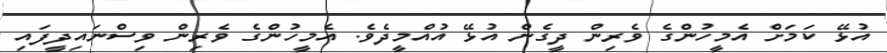
އުޅޭ ކަމަށް އެމީހުންގެ ވެރިން ދީގެން އުޅޭ އުއްމީދެވެ. އެމީހުންގެ ވެރިން ވިސްނައިދީފައި